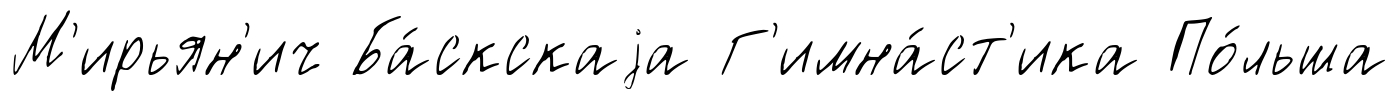
М'ирьян'ич Ба́скскаjа Г'имна́ст'ика По́льша